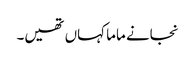
نجانے ماما کہاں تھیں۔